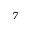
^ 7